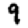
Digit: 9